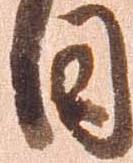
日